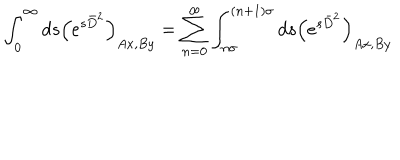
\int _ { 0 } ^ { \infty } d s \left( e ^ { s \bar { D } ^ { 2 } } \right) _ { A x , B y } = \sum _ { n = 0 } ^ { \infty } \int _ { n \sigma } ^ { ( n + 1 ) \sigma } d s \left( e ^ { s \bar { D } ^ { 2 } } \right) _ { A x , B y }